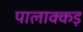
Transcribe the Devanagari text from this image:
पालाक्कड़